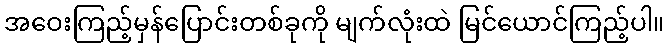
အဝေးကြည့်မှန်ပြောင်းတစ်ခုကို မျက်လုံးထဲ မြင်ယောင်ကြည့်ပါ။